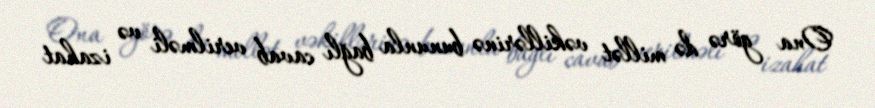
Ona görə də millət vəkillərinə bununla bağlı cavab verilməli və izahat